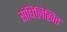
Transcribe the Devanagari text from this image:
संधिलिखित